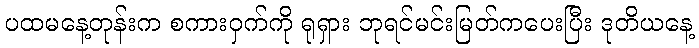
ပထမနေ့တုန်းက စကားဝှက်ကို ရုရှား ဘုရင်မင်းမြတ်ကပေးပြီး ဒုတိယနေ့